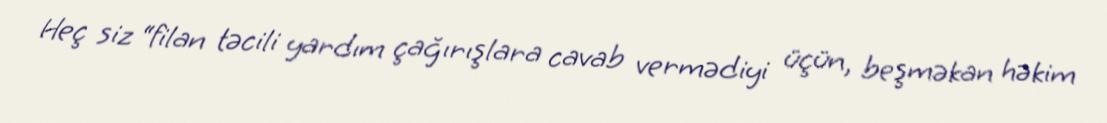
Heç siz “filan təcili yardım çağırışlara cavab vermədiyi üçün, beşməkan həkim